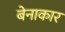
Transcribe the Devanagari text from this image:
बेनाकार